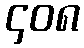
၄၀၈